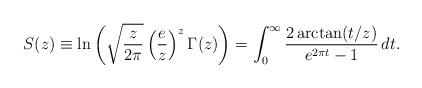
LaTeX: \begin{align*} S(z)\equiv \ln\left(\sqrt{\frac{z}{2\pi}}\left(\frac{e}{z}\right)^z\Gamma(z)\right) = \int_0^\infty\frac{2\arctan(t/z)}{e^{2\pi t}-1}\,dt. \end{align*}